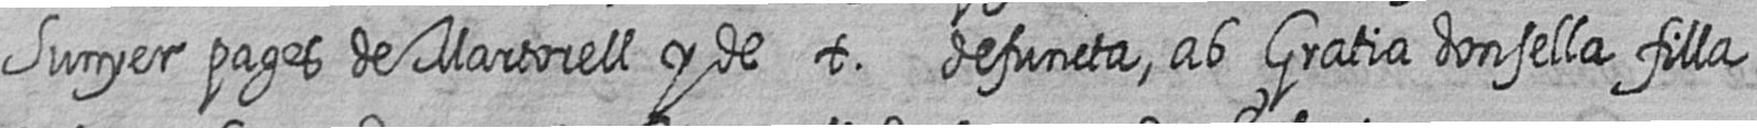
Sunyer pages de Martorell y de t defuncta ab Gratia donsella filla